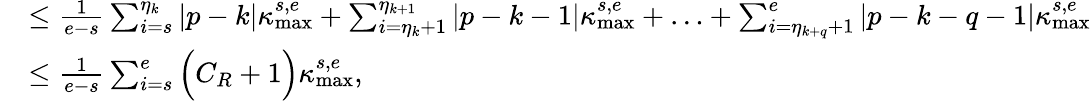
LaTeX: \begin{array}{rl}&{\leq\frac{1}{e-s}\sum_{i=s}^{\eta_{k}}|p-k|\kappa_{\operatorname*{max}}^{s,e}+\sum_{i=\eta_{k}+1}^{\eta_{k+1}}|p-k-1|\kappa_{\operatorname*{max}}^{s,e}+\ldots+\sum_{i=\eta_{k+q}+1}^{e}|p-k-q-1|\kappa_{\operatorname*{max}}^{s,e}}\\ &{\leq\frac{1}{e-s}\sum_{i=s}^{e}\Big(C_{R}+1\Big)\kappa_{\operatorname*{max}}^{s,e},}\end{array}